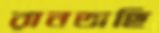
রানতাছি